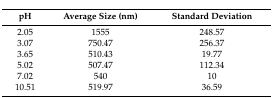
<table><thead><tr><td><b>pH</b></td><td><b>Average Size (nm)</b></td><td><b>Standard Deviation</b></td></tr></thead><tbody><tr><td>2.05</td><td>1555</td><td>248.57</td></tr><tr><td>3.07</td><td>750.47</td><td>256.37</td></tr><tr><td>3.65</td><td>510.43</td><td>19.77</td></tr><tr><td>5.02</td><td>507.47</td><td>112.34</td></tr><tr><td>7.02</td><td>540</td><td>10</td></tr><tr><td>10.51</td><td>519.97</td><td>36.59</td></tr></tbody></table>